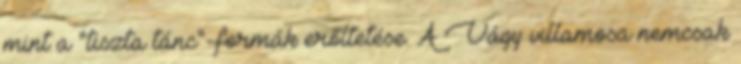
mint a "tiszta tánc"-formák erőltetése. A Vágy villamosa nemcsak